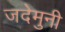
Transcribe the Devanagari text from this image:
जदेमुनी